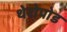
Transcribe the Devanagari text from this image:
थेरोपोड